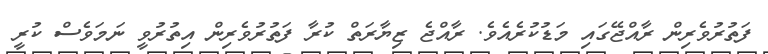
ފަތުރުވެރިން ރާއްޖޭގައި މަޑުކުރެއެވެ. ރާއްޖެ ޒިޔާރަތް ކުރާ ފަތުރުވެރިން އިތުރުވީ ނަމަވެސް ކުރީ